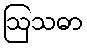
ဩသဓာ